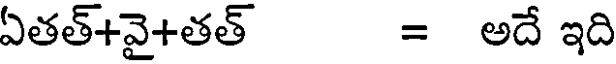
ఏతత్+వై+తత్ = అదే ఇది